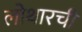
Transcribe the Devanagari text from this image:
लोथारची